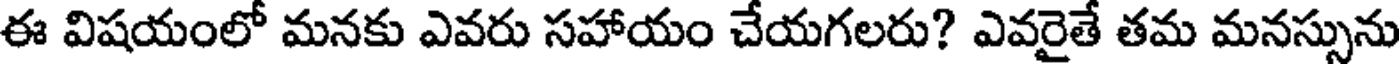
ఈ విషయంలో మనకు ఎవరు సహాయం చేయగలరు? ఎవరైతే తమ మనస్సును